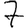
Digit: 7